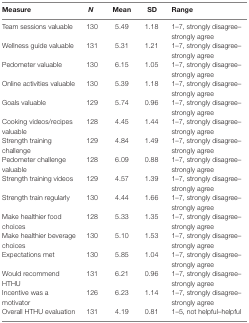
| Measure | N | Mean | SD | Range |
 | --- | --- | --- | --- | --- |
 | Team sessions valuable | 130 | 5.49 | 1.18 | 1–7, strongly disagree–strongly agree |
 | Wellness guide valuable | 131 | 5.31 | 1.21 | 1–7, strongly disagree–strongly agree |
 | Pedometer valuable | 130 | 6.15 | 1.05 | 1–7, strongly disagree–strongly agree |
 | Online activities valuable | 130 | 5.39 | 1.18 | 1–7, strongly disagree–strongly agree |
 | Goals valuable | 129 | 5.74 | 0.96 | 1–7, strongly disagree–strongly agree |
 | Cooking videos/recipes valuable | 128 | 4.45 | 1.44 | 1–7, strongly disagree–strongly agree |
 | Strength training challenge | 129 | 4.84 | 1.49 | 1–7, strongly disagree–strongly agree |
 | Pedometer challenge valuable | 128 | 6.09 | 0.88 | 1–7, strongly disagree–strongly agree |
 | Strength training videos | 129 | 4.57 | 1.39 | 1–7, strongly disagree–strongly agree |
 | Strength train regularly | 130 | 4.44 | 1.66 | 1–7, strongly disagree–strongly agree |
 | Make healthier food choices | 128 | 5.33 | 1.35 | 1–7, strongly disagree–strongly agree |
 | Make healthier beverage choices | 130 | 5.10 | 1.53 | 1–7, strongly disagree–strongly agree |
 | Expectations met | 130 | 5.85 | 1.04 | 1–7, strongly disagree–strongly agree |
 | Would recommend HTHU | 131 | 6.21 | 0.96 | 1–7, strongly disagree–strongly agree |
 | Incentive was a motivator | 126 | 6.23 | 1.14 | 1–7, strongly disagree–strongly agree |
 | Overall HTHU evaluation | 131 | 4.19 | 0.81 | 1–5, not helpful–helpful |